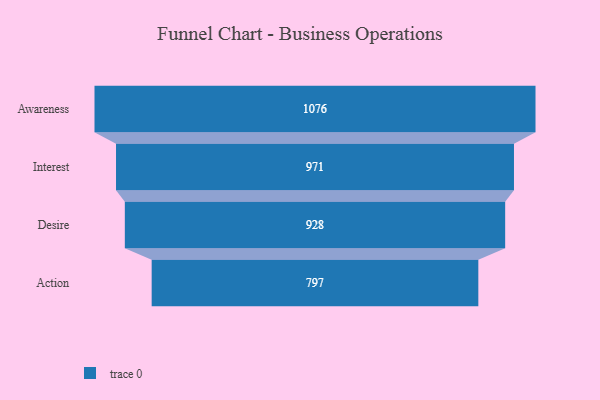
{"axis": {"x": "Stage", "y": "Value"}, "legend": [""], "data": [{"x": "Awareness", "y": 1076.0, "type": ""}, {"x": "Interest", "y": 971.0, "type": ""}, {"x": "Desire", "y": 928.0, "type": ""}, {"x": "Action", "y": 797.0, "type": ""}]}